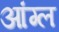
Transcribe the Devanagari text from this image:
आंग्‍ल